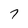
Character: 7